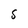
Character: S